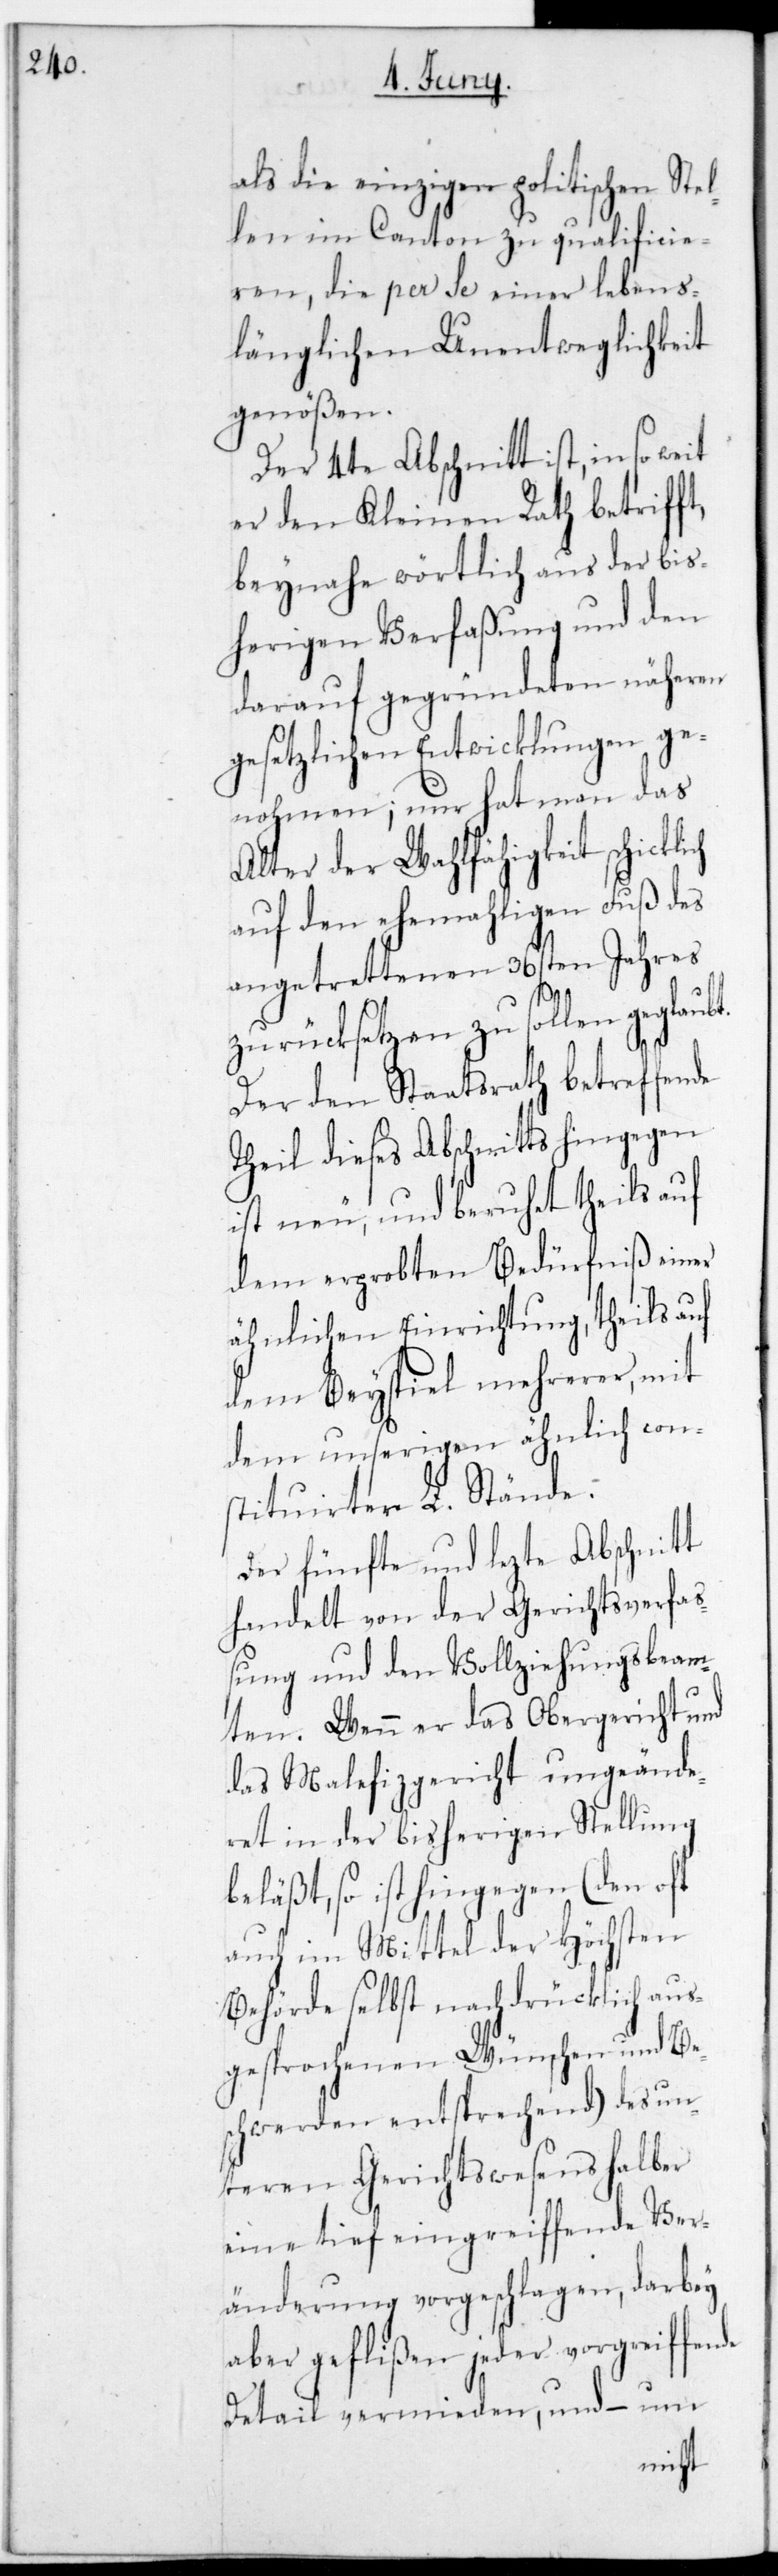
als die einzigen politischen Stel¬
len im Canton zu qualificie¬
ren, die per se einer lebens¬
länglichen Unentweglichkeit
genößen.
Der 4te Abschnitt ist, in so weit
er den Kleinen Rath betrifft,
beynahe wörtlich aus der bis¬
herigen Verfaßung und den
darauf gegründeten näheren
gesetzlichen Entwicklungen ge¬
nohmen; nur hat man das
Alter der Wahlfähigkeit schicklich
auf den ehemaligen Fuß des
angetrettenen 36sten Jahres
zurücksetzen zu sollen
Der den Staatsrath betreffende
Theil dieses Abschnitts hingegen
ist neu, und beruhet theils auf
dem erprobten Bedürfniß einer
ähnlichen Einrichtung, theils auf
dem Beyspiel mehrerer, mit
dem unserigen ähnlich con¬
struierter L. Stände.
Der fünfte und letzte Abschnitt
handelt von der Gerichtsverfa¬
ßung und den Vollziehungsbeam¬
ten. Wenn er das Obergericht und
das Malefizgericht ungeände¬
ret in der bisherigen Stellung
beläßt, so ist hingegen (den oft
auch im Mittel der Höchsten
Behörde selbst nachdrücklich aus¬
gesprochenen Wünschen und Be¬
schwerden entsprechend) des un¬
teren Gerichtswesens halber
eine tief eingreifende Ver¬
änderung vorgeschlagen, darbey
aber geflißen jeder vorgreifende
Detail vermieden, und – um